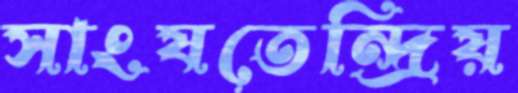
সাংযতেন্দ্রিয়